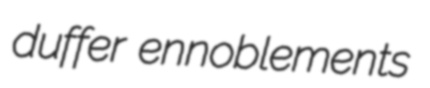
duffer ennoblements